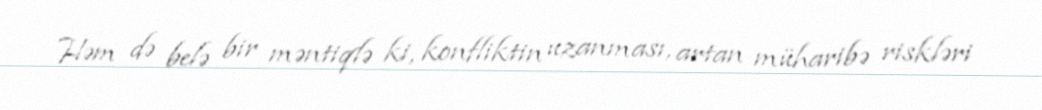
Həm də belə bir məntiqlə ki, konfliktin uzanması, artan müharibə riskləri